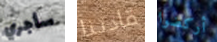
سأجري قادتنا أركضوا